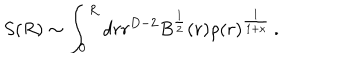
LaTeX: S ( R ) \sim \int _ { 0 } ^ { R } d r r ^ { D - 2 } B ^ { \frac { 1 } { 2 } } ( r ) \rho ( r ) ^ { \frac { 1 } { 1 + \kappa } } \, .